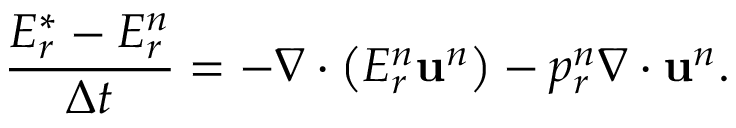
\frac { E _ { r } ^ { * } - E _ { r } ^ { n } } { \Delta t } = - \nabla \cdot \left( E _ { r } ^ { n } \mathbf { u } ^ { n } \right) - p _ { r } ^ { n } \nabla \cdot \mathbf { u } ^ { n } .